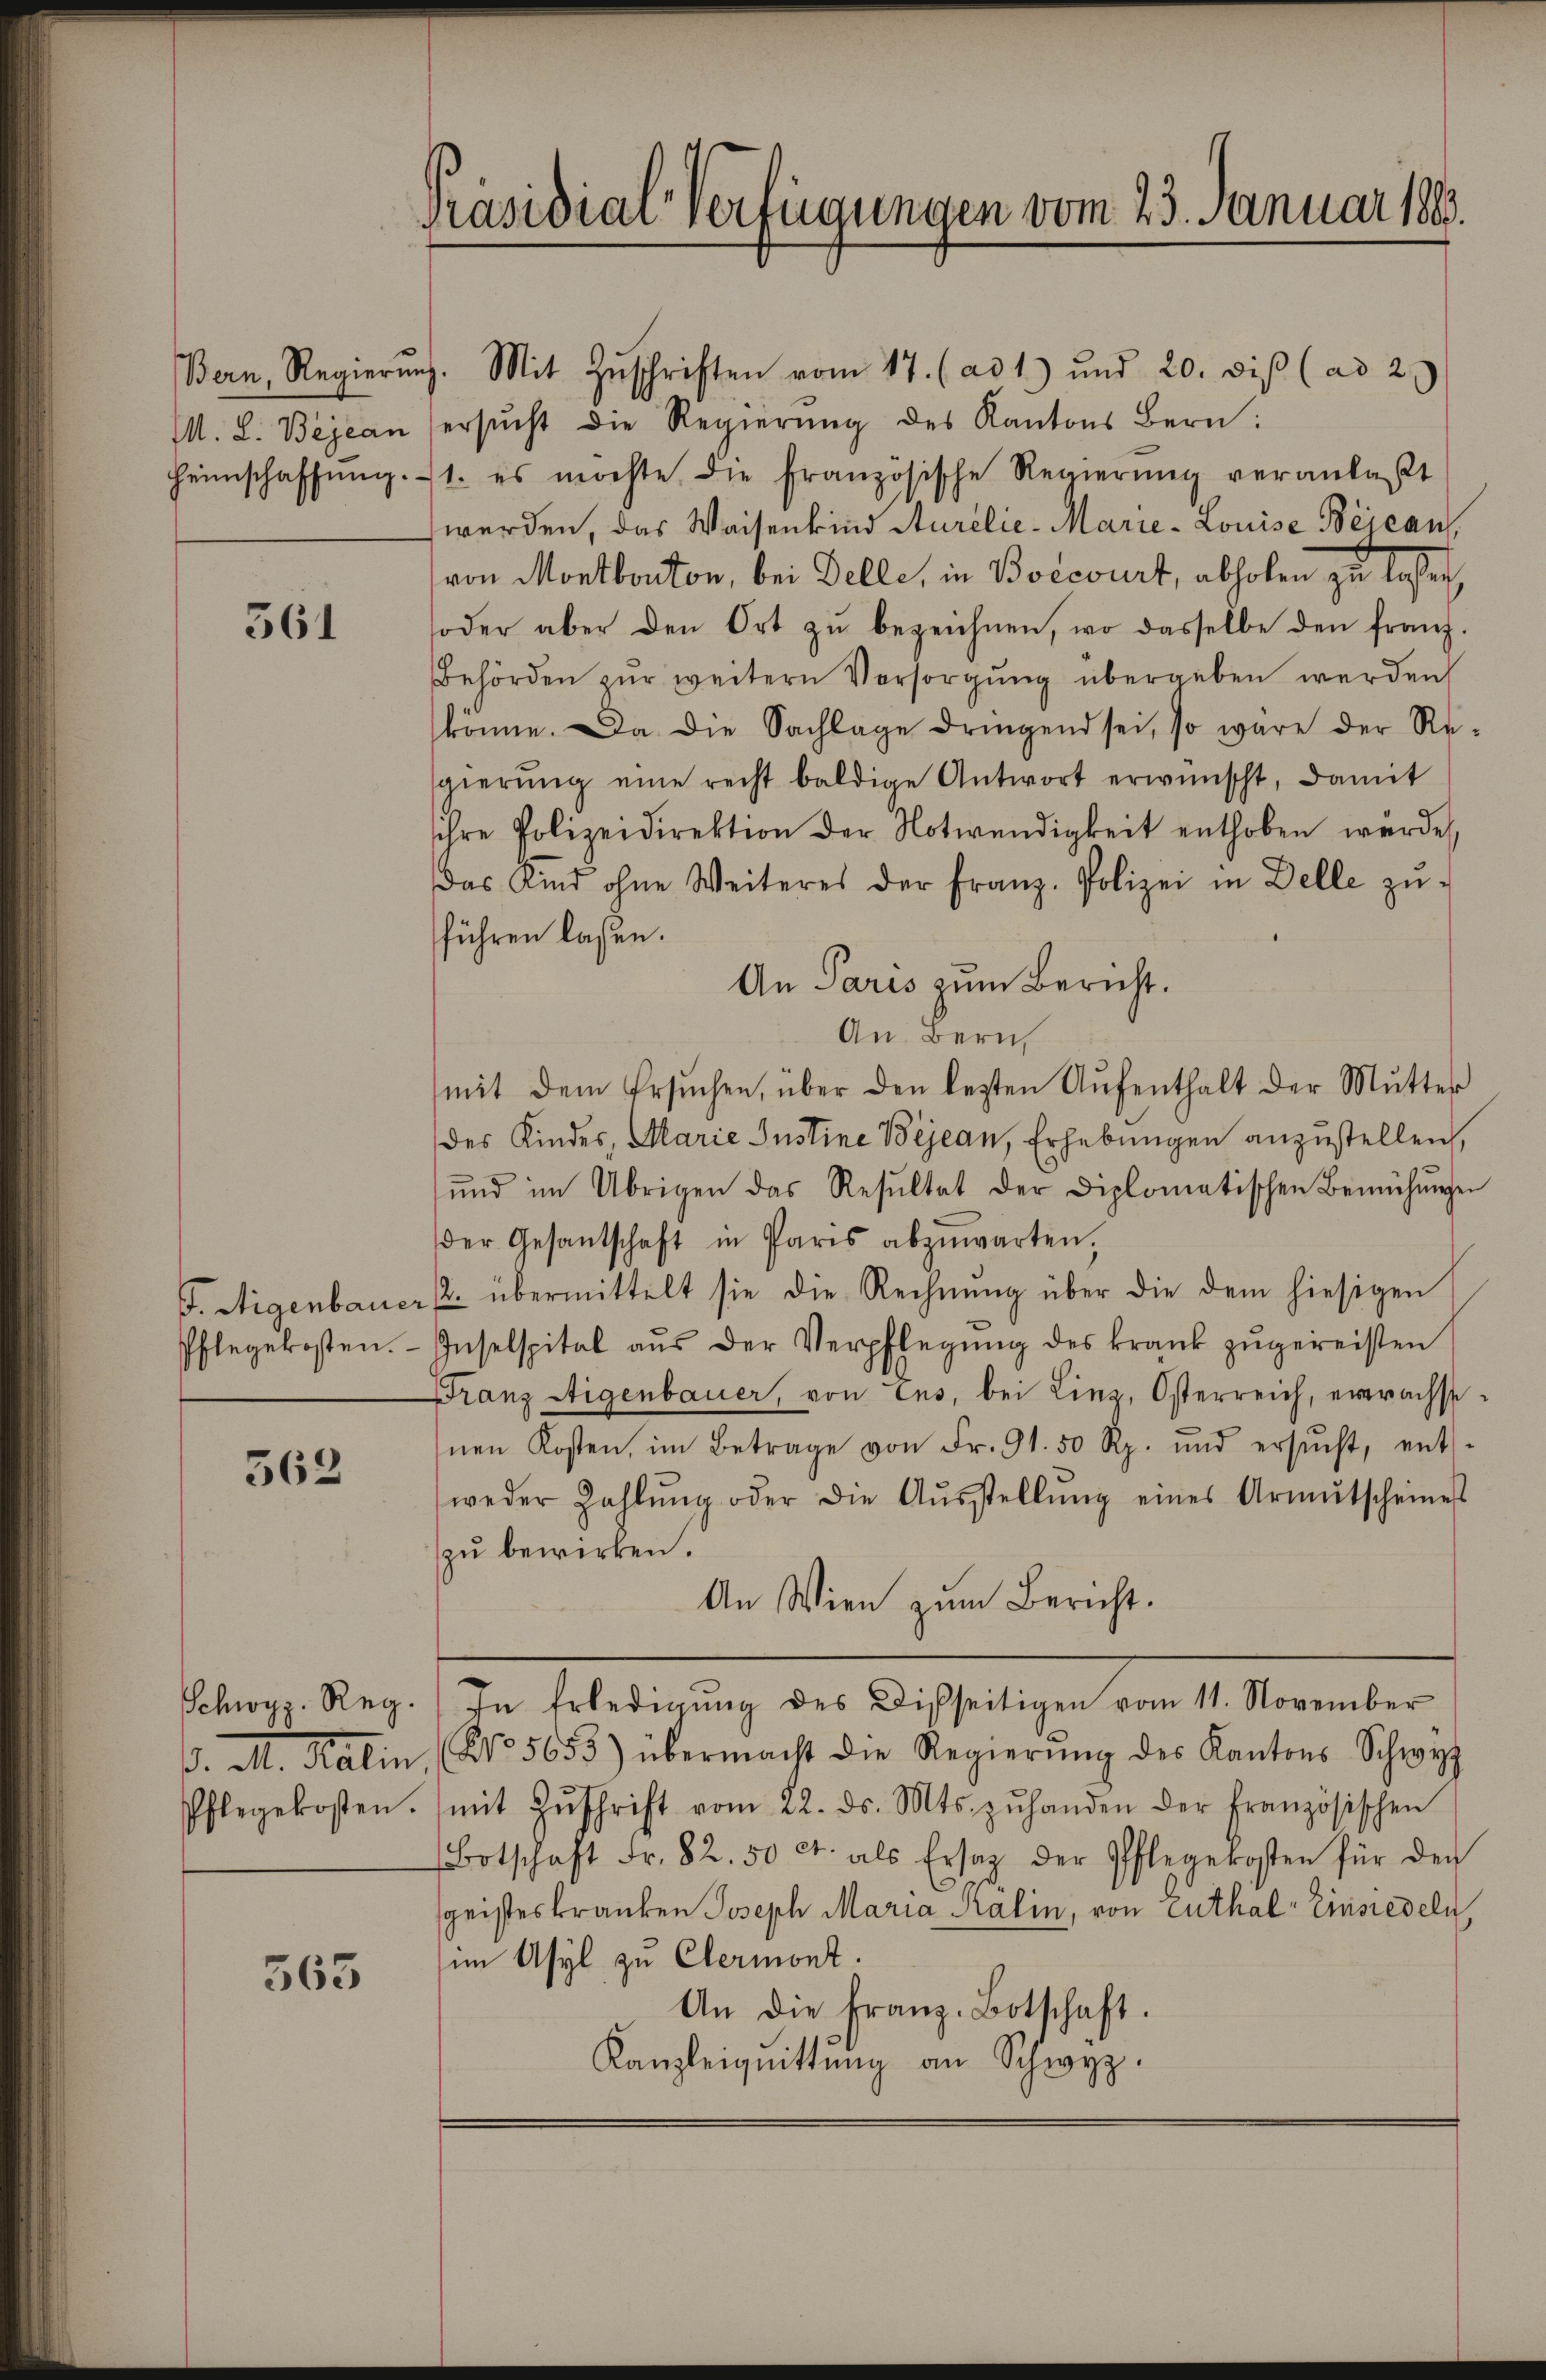
561

Phlegekosten.

362

Pflegekosten.

563

Präsidial-Verfügungen vom 23. Januar 188.

Bern, Regierung. Mit Zŭschriften vom 17. (ad 1) und 20. diβ (ad 29
M. L. Bejean (ersŭcht die Regierŭng des Kantons Bern:
Heimschaffŭng. 1. es möchte die französische Regierŭng veranlaßt
werden, das Waisenkind Sturelie-Marie-Louise Bejean,
von Montbonton, bei Delle, in Boecourt, abholen zu lassen,
oder aber den Ort zŭ bezeichnen, wo dasselbe den franz-
Behörden zŭr weitern Versorgŭng übergeben werden
könne. Da die Sachlage dringend sei, so wäre der Re-
gierŭng eine recht baldige Antwort erwünscht, damit
ihre Polizeidirektion der Notwendigkeit enthoben würde,
Das Kind ohne Weiteres der Franz. Polizei in Delle zŭ-
führen laßen.
An Paris zum Bericht.
An Bern
mit dem Ersŭchen, über den lezten Aŭfenthalt der Mutter
des Kindes, Marie Justine Bejean, Erhebungen anzustellen,
ŭnd im Übrigen das Resŭltat der Diplomatischen Bemühŭngen
der Gesantschaft in Paris abzŭwarten,
F. Aigenbauer p. übermittelt sie die Rechnŭng über die dem hiesigen
Inselspital aŭs der Verpflegŭng des krank zŭgereisten
Franz Eigenbauer, von Eus, bei Linz, Österreich, erwachsenen Kosten, im Betrage von Fr. 91. 50 Rp. und ersŭcht, ent-
weder Zahlŭng oder die Aŭsstellŭng eines Armŭtscheines
zu bewirken.
An Wien zum Bericht.
Schwyz. Reg. In Erledigŭng des Disseitigen vom 11. November
/. M. Kalin (No 5655) übermacht die Regierŭng des Kantons Schwyz
mit Zŭschrift vom 22. ds. Mts. zŭ handen der französischen
Botschaft Fr. 82. 50 ct. als Ersatz der Pflegekosten für den
sgeisteskranken Joseph Maria Kalin, von enthal Einsiedeln,
im Asyl zu Clermont.
An die Franz-Botschaft.
Kanzleignittung an Schwyz.